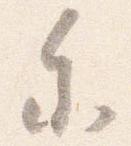
参